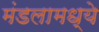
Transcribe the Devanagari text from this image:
मंडलामध्ये